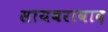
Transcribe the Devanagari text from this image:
सायबराबाद